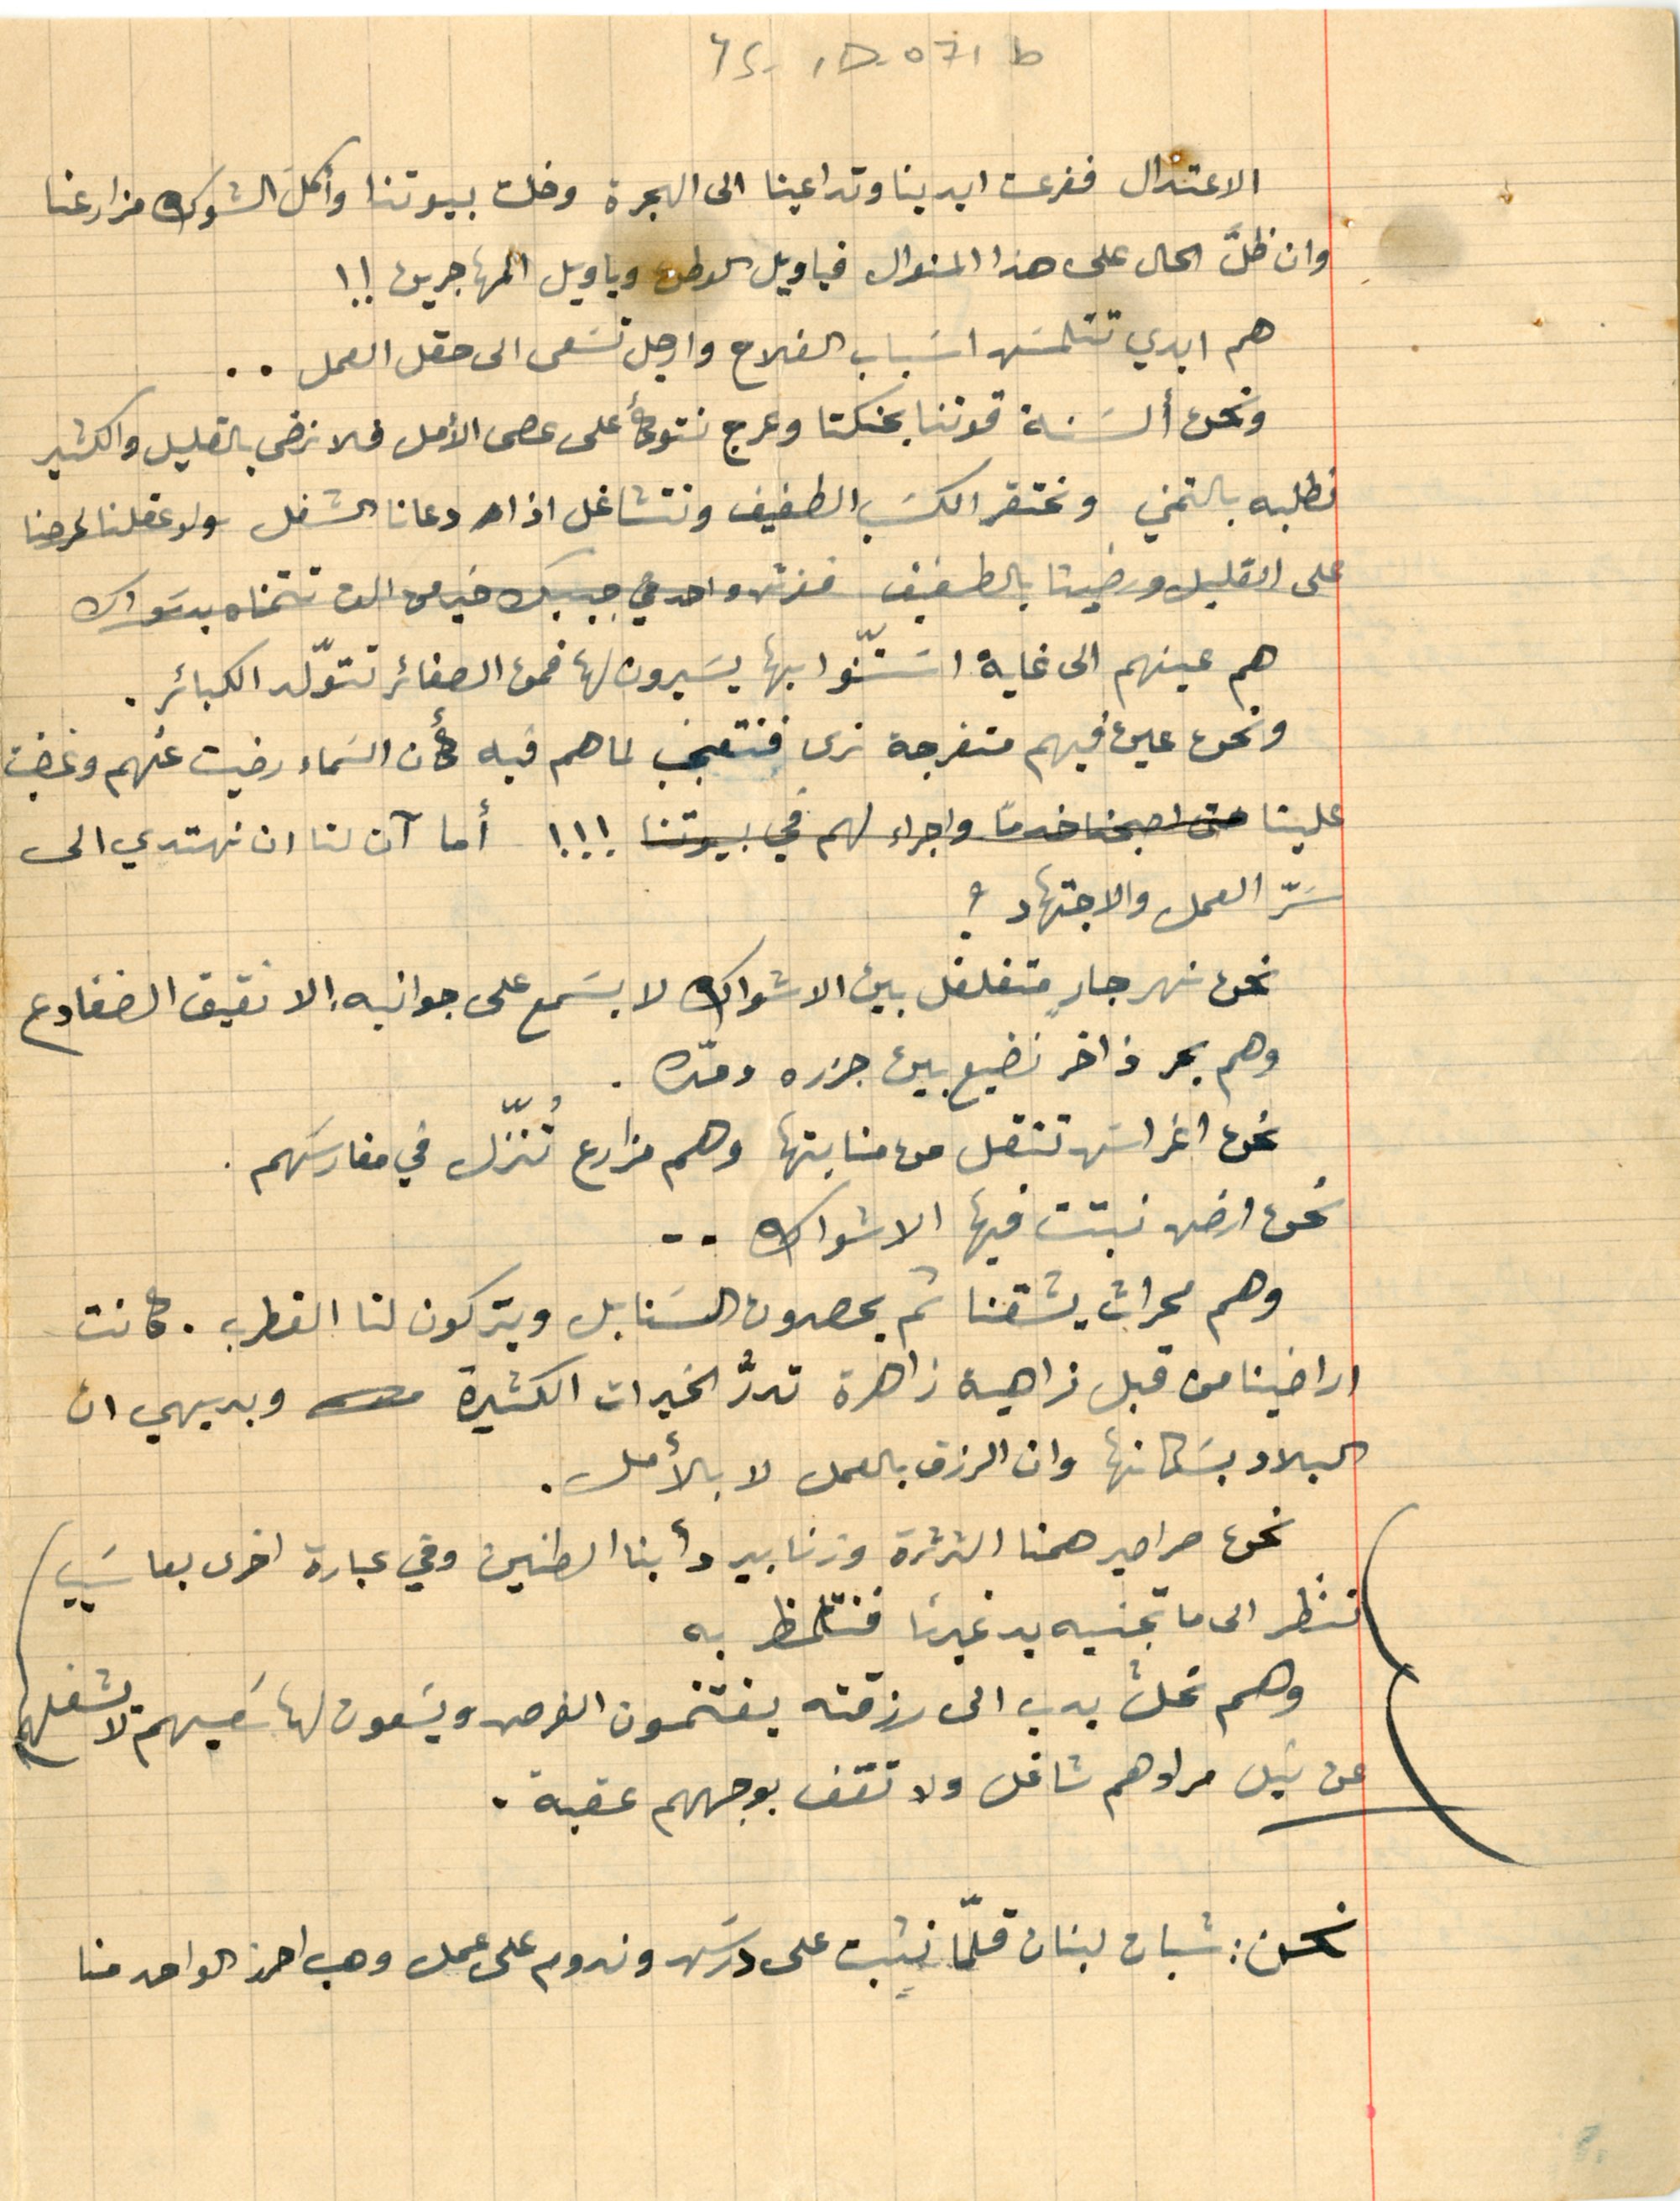
YS - 1D- 071b
الاعتدال ففرعت ايدينا وتداعينا الى الهجرة وخلت بيوتنا وأكل الشوك مزارعنا
وان ظلّ الحال على هذا المنوال فيا ويل الوطن ويا ويل المهاجرين !!
هم ابدي تتلمسَ اسَباب الفلاح وارجل تسَعى الى حقل العمل..
ونحن ألسَنة قوتنا بحنكتا وعرج نتوكأ على عصى الأمل فلا نرضى بالقليل والكثير
نطلبه بالتمني ونحتقر الكسَب الطفيف ونتشاغل اذا دعانا الشغل ولو عقلنا لحرصنا
على القليل ورضينا بالطفيف قرش واحد في جيبك خير من الف تتمناه يد سَواك
هم عينهم الى غاية اسَتنّوا بها يسيرون لها فمن الصغائر تتوّلد الكبائر.
ونحن عين فيهم متفرجة نرى فنتعجب لماهم فيه كأن السَماء رضيت عنهم وغضبت
علينا حتى اصبحنا خدمًا واجراء لهم في بيوتنا !!! أما آن لنا ان نهتدي الى
سَرّ العمل والاجتهاد؟
نحن نهر جارٍ متغلغل بين الاشواك لا يسَمع على جوانبه الا نقيق الضفادع
وهم بحر ذاخر نضيع بين جزره ومّده.
نحن اغراسَ تنقل من منابتها وهم مزارع تُنّزل في مغارسَهم.
نحن ارض نبتت فيها الاشواك..
وهم محراث يشقنا ثم يحصدون السنابل ويتركون لنا القطرب. كانت
اراضينا من قبل زاهية زاهرة تدرُّ الخيرات الكثيرة وبديهي ان
البلاد بسَكانها وان الرزق بالعمل لا بالأمل.
نحن صراصير همنا الثرثرة وزنابير دأبنا الطنين وفي عبارة اخرى يعاسَيب
تنظر الى ما تجنيه يد غيرنا فنتالمظ به
وهم نحلٌ يدب الى رزقته يغتنمون الفرص ويسَعون لها سَعيهم لا يشغلهم
نحن: شبان لبنان قلمّا نثبت على درسَ وندوم على عمل وهب احرز الواحد منا
عن نيل مرادهم شاغل ولا تقف بوجههم عقبة.